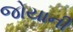
જોયાની